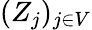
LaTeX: (Z_{j})_{j\in V}